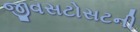
જીવસટોસટની